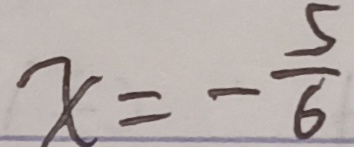
x = - \frac { 5 } { 6 }